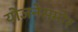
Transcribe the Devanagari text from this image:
योजनेसमोर